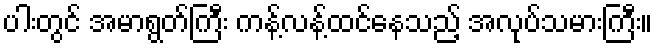
ပါးတွင် အမာရွတ်ကြီး ကန့်လန့်ထင်နေသည့် အလုပ်သမားကြီး။